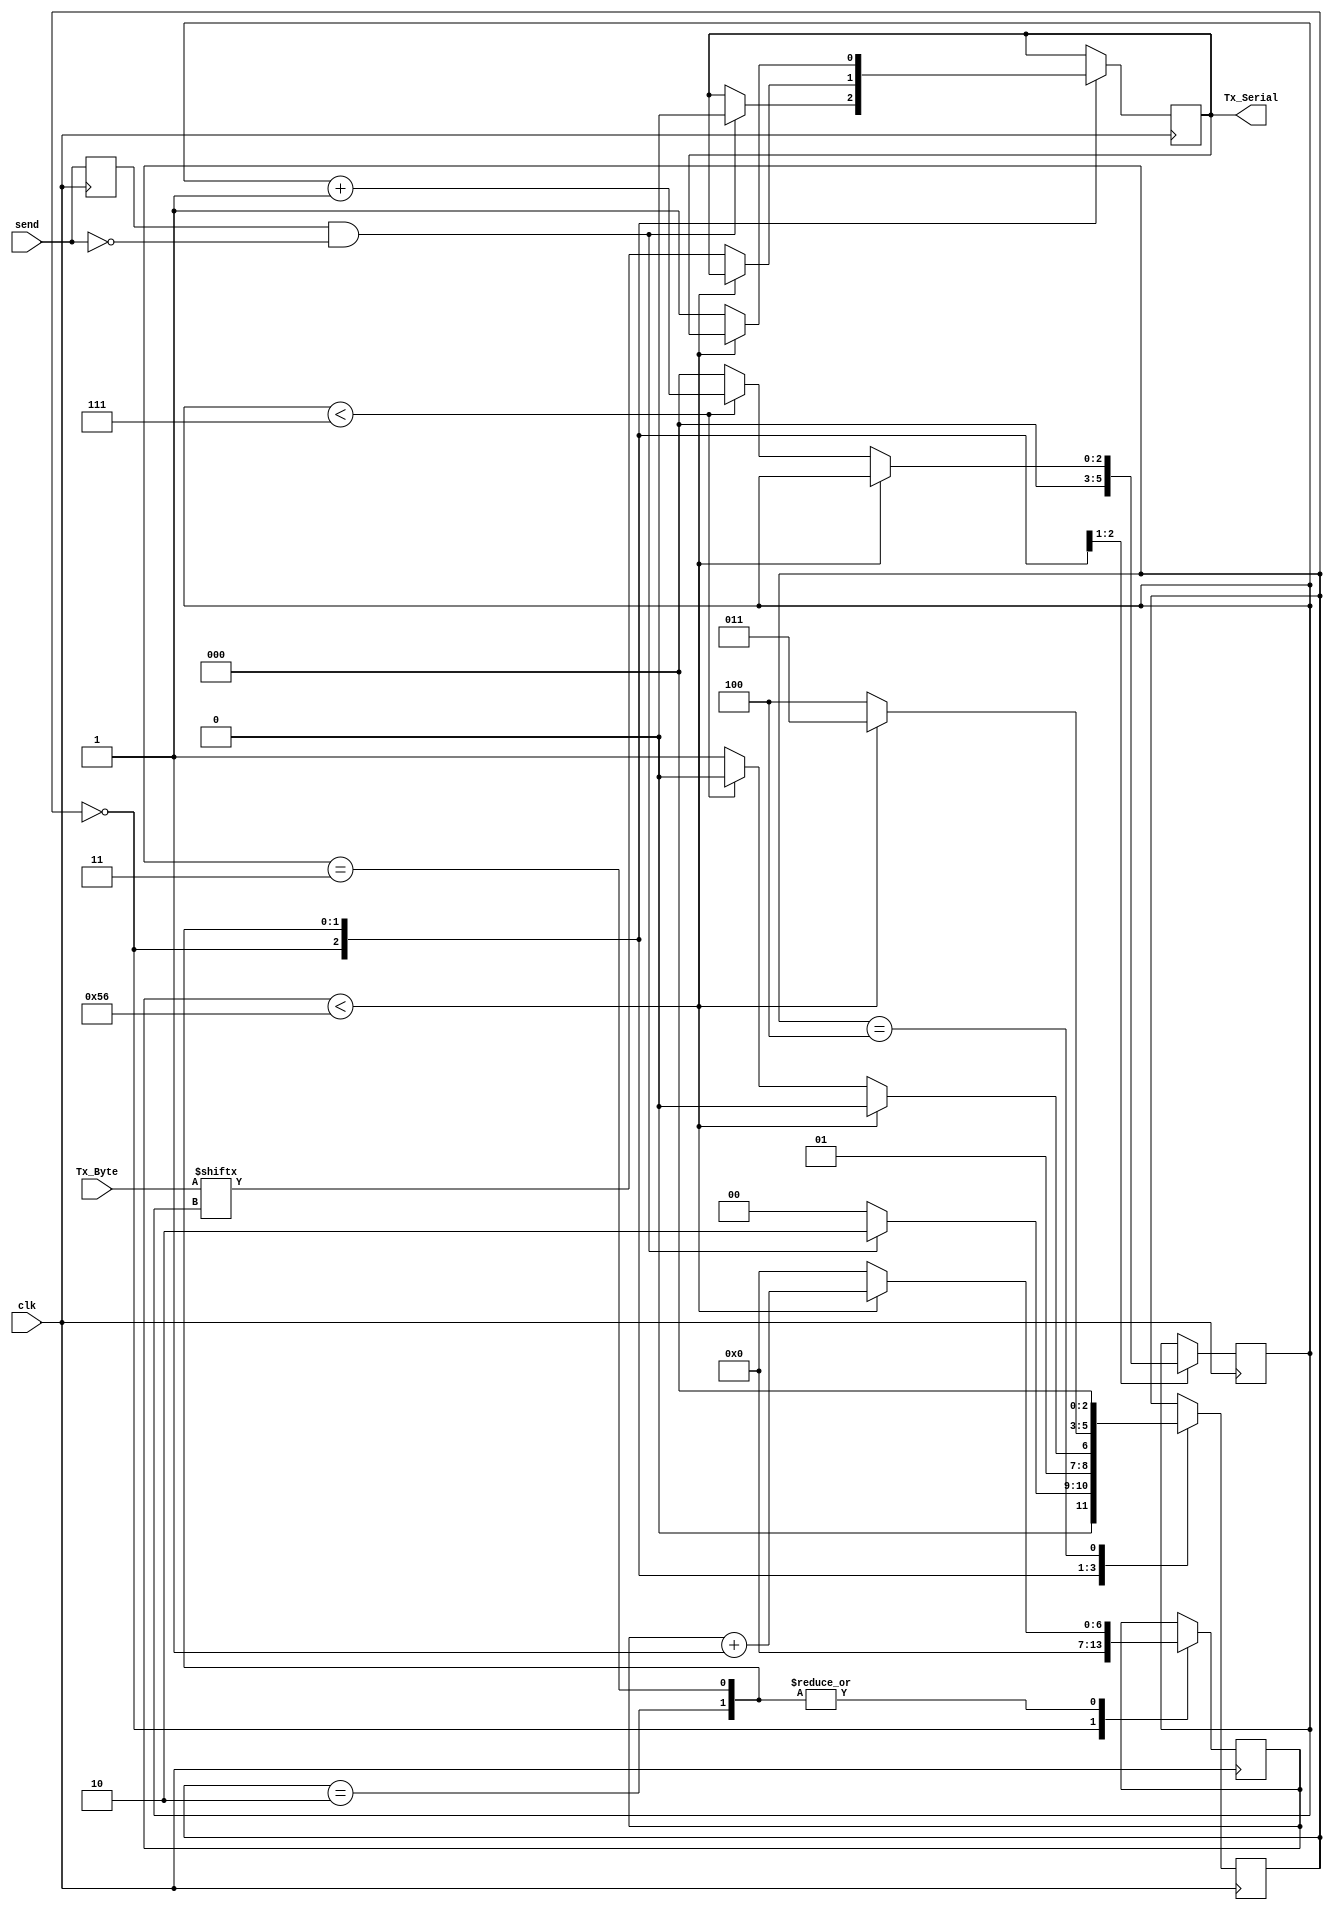
module uart_tx
(
	input 			 	clk,
	output 				Tx_Serial,
	input			 		send,
	input		[7:0] 	Tx_Byte
);

localparam IDLE	 	= 3'b000;
//localparam START 		= 3'b001;
localparam T_DATA 	= 3'b010;
localparam STOP 		= 3'b011;
localparam CLEAN		= 3'b100;

localparam CLKS_PER_BIT = 87;

reg Tx_Data = 1'b1;
reg send_latch;
reg [6:0] clk_count = 7'b0;

reg [2:0] bit_index = 3'b000;
reg [2:0] state = 3'b000;

always @(posedge clk)
begin
	send_latch <= send;
end

assign Tx_Serial = Tx_Data;

always @(posedge clk)
begin
	case(state)
	
		IDLE :
		begin
			bit_index <= 1'b0;
			clk_count <= 7'b0;
			if(send_latch == 1'b1 && send == 1'b0) 
			begin
				Tx_Data <= 1'b0;
				state <= T_DATA;
			end
			else state <= IDLE;
		end
		
		T_DATA :
		begin
			if(clk_count < CLKS_PER_BIT - 1)
			begin
				clk_count <= clk_count + 1;
				state <= T_DATA;
			end
			else
			begin
				clk_count <= 0;
				Tx_Data <= Tx_Byte[bit_index];
				
				if(bit_index < 7)
				begin
					bit_index <= bit_index + 1;
					state <= T_DATA;
				end
				else
				begin
					bit_index <= 0;
					clk_count <= 7'b0;
					state <= STOP;
				end
			end
		end
		
		STOP :
		begin
			if(clk_count < CLKS_PER_BIT - 1)
			begin
				clk_count <= clk_count + 1;
				state <= STOP;
			end
			else
			begin
				clk_count <= 7'b0;
				Tx_Data = 1'b1;
				state <= CLEAN;
			end
		end
		
		CLEAN :
		begin
			state <= IDLE;
		end
		
	endcase
end

endmodule